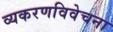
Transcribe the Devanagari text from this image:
व्यकरणविवेचना